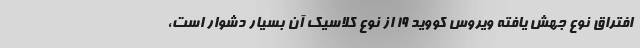
افتراق نوع جهش یافته ویروس کووید ۱۹ از نوع کلاسیک آن بسیار دشوار است،